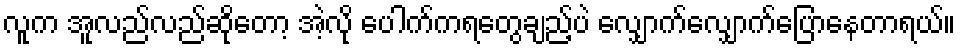
လူက အူလည်လည်ဆိုတော့ အဲ့လို ပေါက်ကရတွေချည့်ပဲ လျှောက်လျှောက်ပြောနေတာရယ်။